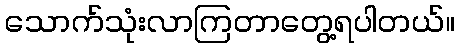
သောက်သုံးလာကြတာတွေ့ရပါတယ်။